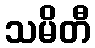
သမိတီ